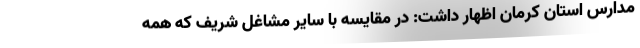
مدارس استان کرمان اظهار داشت: در مقایسه با سایر مشاغل شریف که همه